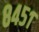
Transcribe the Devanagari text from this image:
८४५१